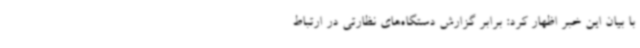
با بیان این خبر اظهار کرد: برابر گزارش دستگاه‌های نظارتی در ارتباط